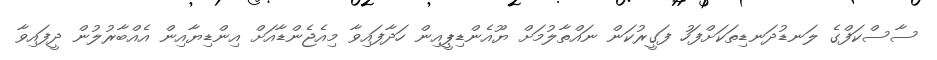
ސާސްކަފްގެ ލަނޑުދަނޑިތަކަށްފަހު ފަގީރުކަން ނައްތާލުމަށް ޔޫއެންޑިޕީއިން ހަދާފައިވާ މިއެޖެންޑާއަށް އިންޑިޔާއިން އެއްބާރުލުން ދީފައިވާ